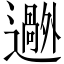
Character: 𬩟